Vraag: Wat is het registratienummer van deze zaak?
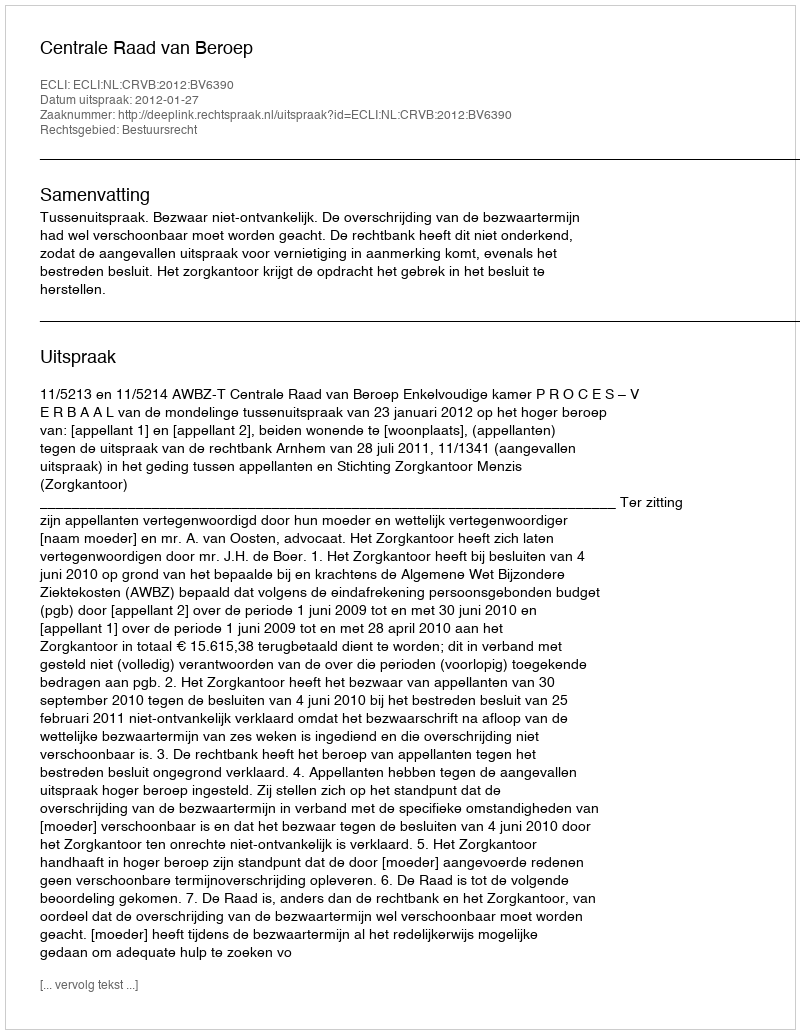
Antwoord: http://deeplink.rechtspraak.nl/uitspraak?id=ECLI:NL:CRVB:2012:BV6390